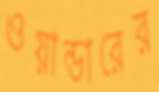
ওয়ান্ডারের